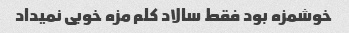
خوشمزه بود فقط سالاد کلم مزه خوبی نمیداد